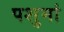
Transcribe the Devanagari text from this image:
पशुमां